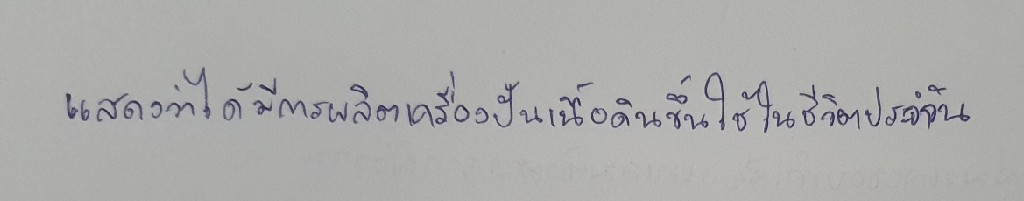
แสดงว่าได้มีการผลิตเครื่องปั้นเนื้อดินขึ้นใช้ในชีวิตประจำวัน